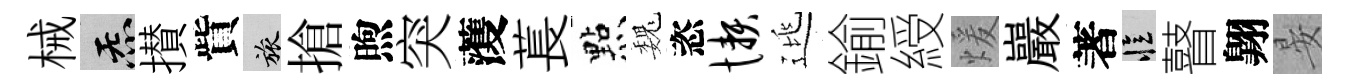
械炁攅貲旅搶煦突𮑮萇㸃巍恣懒逃鍮綬煖巖著忆瞽翺晏